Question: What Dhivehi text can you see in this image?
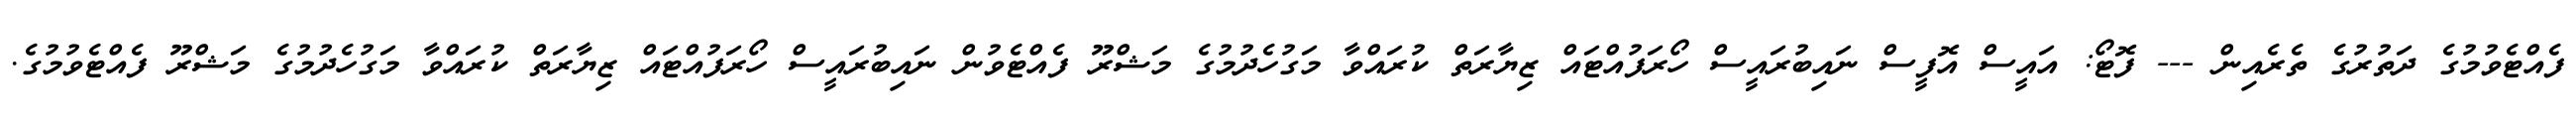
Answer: ފެއްޓެވުމުގެ ދަތުރުގެ ތެރެއިން --- ފޮޓޯ: އައީސް އޮފީސް ނައިބުރައީސް ހޯރަފުއްޓައް ޒިޔާރަތް ކުރައްވާ މަގުހެދުމުގެ މަޝްރޫ ފެއްޓެވުން ނައިބުރައީސް ހޯރަފުއްޓައް ޒިޔާރަތް ކުރައްވާ މަގުހެދުމުގެ މަޝްރޫ ފެއްޓެވުމުގެ.